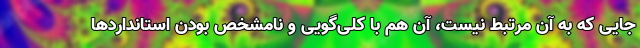
جایی که به آن مرتبط نیست، آن هم با کلی‌گویی و نامشخص بودن استانداردها